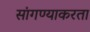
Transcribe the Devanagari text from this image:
सांगण्याकरता